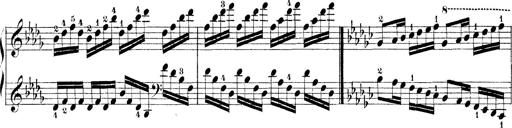
Title: Technische Studien
Composer: Franz Liszt